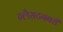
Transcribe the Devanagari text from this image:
ग्लैसटनबरी